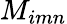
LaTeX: M_{imn}